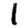
Digit: 1